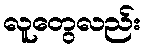
လူတွေလည်း